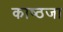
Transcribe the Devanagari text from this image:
काष्ठजा